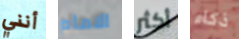
أنني الامام أكثر ذكاء